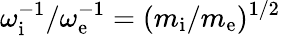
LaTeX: \omega_{\mathrm{i}}^{-1}/\omega_{\mathrm{e}}^{-1}=(m_{\mathrm{i}}/m_{\mathrm{e}})^{1/2}